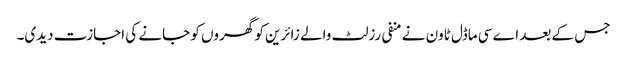
جس کے بعد اے سی ماڈل ٹاون نے منفی رزلٹ والے زائرین کو گھروں کو جانے کی اجازت دیدی۔